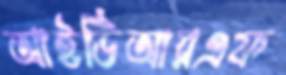
আইডিআরএফ